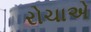
રોચાએ